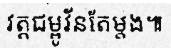
វត្តជម្ពូវ័នតែម្តង៕